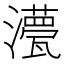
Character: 𭳡